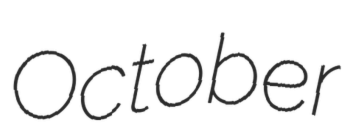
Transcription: October